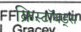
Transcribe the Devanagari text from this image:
क्रिस्टॉयड्स